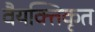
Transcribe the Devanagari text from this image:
वैयक्तिकृत